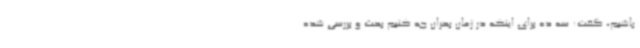
باشیم، گفت: سه ده برای اینکه در زمان بحران چه کنیم بحث و بررسی شده